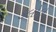
કલોલ